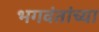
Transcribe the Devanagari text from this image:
भगवंतांच्या